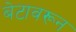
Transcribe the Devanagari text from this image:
बेटावरून